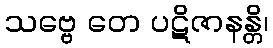
သဗ္ဗေ တေ ပဋိဇာနန္တိ၊